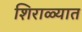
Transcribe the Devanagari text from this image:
शिराळ्यात